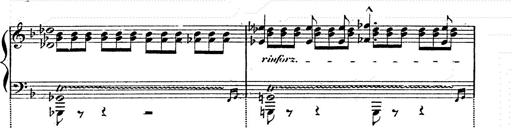
Title: Franz Schuberts geistliche Lieder
Composer: Franz Liszt